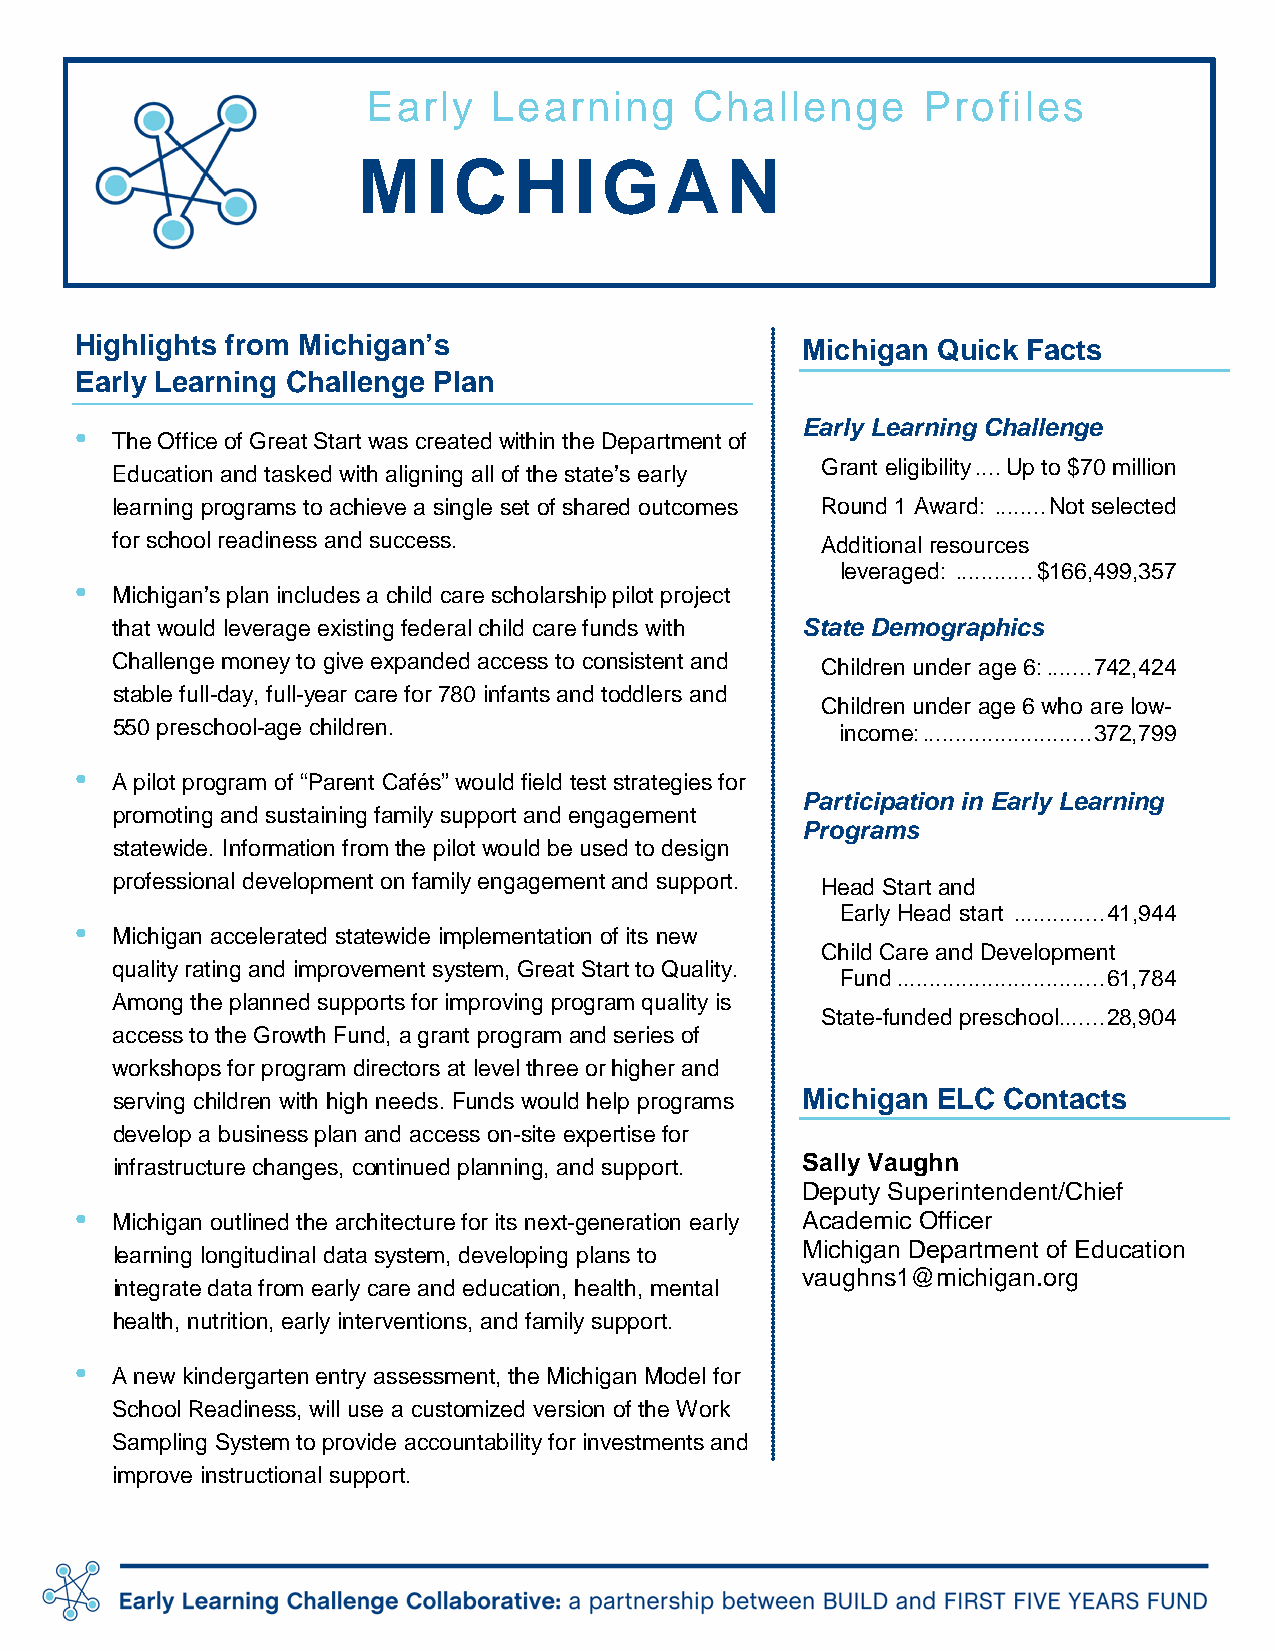
Early    Learning     Challenge      Profiles
 M   IC    H   IGA       N
 Highlights from Michigan’s                      Michigan Quick Facts
 Early Learning Challenge Plan
 •                                               Early Learning Challenge
 The Office of Great Start was created within the Department of
 Grant eligibility .... Up to $70 million
 Education and tasked with aligning all of the state’s early
 learning programs to achieve a single set of shared outcomes Round 1 Award: ........ Not selected
 for school readiness and success.              Additional resources
 leveraged: ............ $166,499,357
 •
 Michigan’s plan includes a child care scholarship pilot project
 that would leverage existing federal child care funds with State Demographics
 Challenge money to give expanded access to consistent and
 Children under age 6: ....... 742,424
 stable full-day, full-year care for 780 infants and toddlers and
 Children under age 6 who are low-
 550 preschool-age children.                      income: .......................... 372,799
 •
 A pilot program of “Parent Cafés” would field test strategies for
 Participation in Early Learning
 promoting and sustaining family support and engagement
 Programs
 statewide. Information from the pilot would be used to design
 professional development on family engagement and support. Head Start and
 Early Head start .............. 41,944
 •
 Michigan accelerated statewide implementation of its new
 Child Care and Development
 quality rating and improvement system, Great Start to Quality.
 Fund ................................ 61,784
 Among the planned supports for improving program quality is
 State-funded preschool ....... 28,904
 access to the Growth Fund, a grant program and series of
 workshops for program directors at level three or higher and
 serving children with high needs. Funds would help programs Michigan ELC Contacts
 develop a business plan and access on-site expertise for
 infrastructure changes, continued planning, and support. Sally Vaughn
 Deputy Superintendent/Chief
 • Michigan outlined the architecture for its next-generation early Academic Officer
 Michigan Department of Education
 learning longitudinal data system, developing plans to
 vaughns1@michigan.org
 integrate data from early care and education, health, mental
 health, nutrition, early interventions, and family support.
 •
 A new kindergarten entry assessment, the Michigan Model for
 School Readiness, will use a customized version of the Work
 Sampling System to provide accountability for investments and
 improve instructional support.